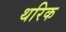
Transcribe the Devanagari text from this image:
थरिक